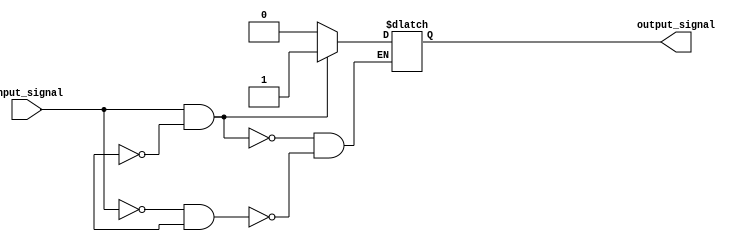
module Schmitt_trigger_inverter (
    input wire input_signal,
    output reg output_signal
);

reg previous_output;

// Define threshold voltage levels for Schmitt trigger functionality
parameter VTH_HIGH = 1'b1;
parameter VTH_LOW = 1'b0;

always @* begin
    if (input_signal == VTH_HIGH && previous_output == 1'b0) begin
        output_signal <= 1'b1;
    end else if (input_signal == VTH_LOW && previous_output == 1'b1) begin
        output_signal <= 1'b0;
    end
end

endmodule